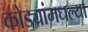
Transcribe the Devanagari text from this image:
कोड्यांमधल्या